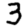
Digit: 3